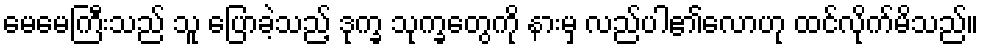
မေမေကြီးသည် သူ ပြောခဲ့သည့် ဒုက္ခ သုက္ခတွေကို နားမှ လည်ပါ၏လောဟု ထင်လိုက်မိသည်။